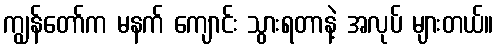
ကျွန်တော်က မနက် ကျောင်း သွားရတာနဲ့ အလုပ် များတယ်။